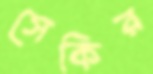
সেকির